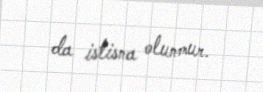
da istisna olunmur.